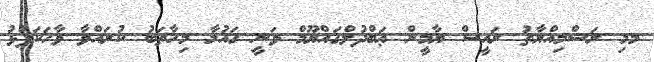
މމި ރަސްމިއްޔާތު ރައީސް ޔާމީން ޢަބްދުލްޤައްޔޫމް ވަނީ ޤައުމާ މިހާތަބު ކުރައްވާ ވާހަކަފުޅު